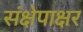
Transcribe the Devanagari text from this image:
संक्षेपाक्षर